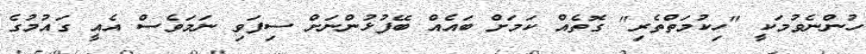
ހުންނެވުމަކީ "ހިކުމަތްތެރި" ގޮތެއް ކަމަށް ބައެއް ބޭފުޅުންނަށް ސިފަވި ނަމަވެސް އެއީ ގައުމުގެ